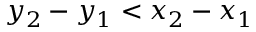
y _ { 2 } - y _ { 1 } < x _ { 2 } - x _ { 1 }